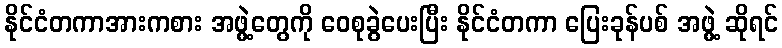
နိုင်ငံတကာအားကစား အဖွဲ့တွေကို ဝေစုခွဲပေးပြီး နိုင်ငံတကာ ပြေးခုန်ပစ် အဖွဲ့ ဆိုရင်